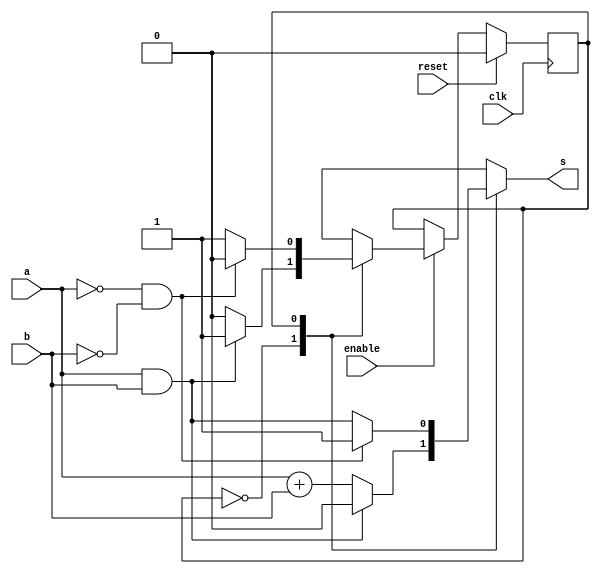
module behavioral_fsm(	input  a,
			input b,
			input clk,
			input reset,
			input enable,
			output reg s);
	reg state;
	reg next_state;

	always @(posedge clk)begin
	
		
		if(reset) state = 0;
		else if(enable) state = next_state;

		
	end
	
	always@(state, a, b)begin
		case(state)
			0: if(a == 1 & b ==1) begin
					next_state = 1;
					s = 0;
					end 
					else begin 
					next_state = 0;
					s = a + b;
					end
			1: if(a == 0 & b ==0) begin
					next_state = 0;
					s = 1;
					end 
					else begin 
					next_state = 1;
					s = a & b;
					end
		
	endcase
	end 
	endmodule